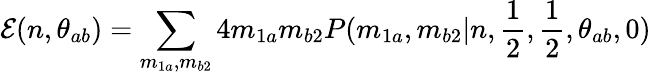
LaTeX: \mathcal{E}(n,\theta_{ab})=\sum_{m_{1a},m_{b2}}4m_{1a}m_{b2}P(m_{1a},m_{b2}|n,\frac{1}{2},\frac{1}{2},\theta_{ab},0)